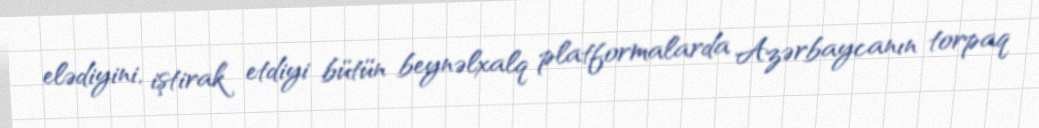
elədiyini, iştirak etdiyi bütün beynəlxalq platformalarda Azərbaycanın torpaq